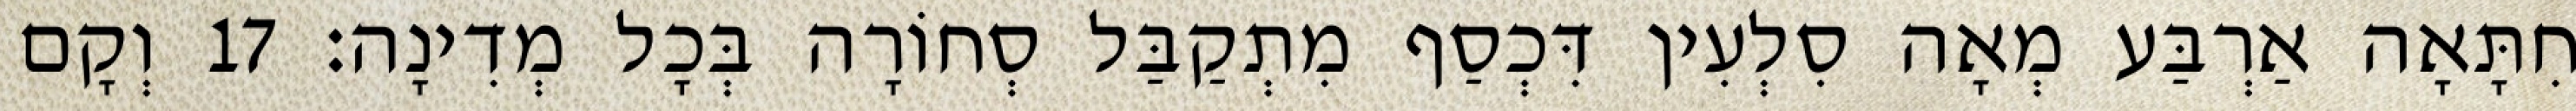
חִתָּאָה אַרְבַּע מְאָה סִלְעִין דִּכְסַף מִתְקַבַּל סְחוֹרָה בְּכָל מְדִינָה׃ 17 וְקָם